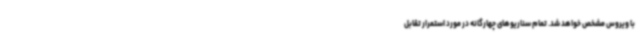
با ویروس مشخص خواهد شد. تمام سناریوهای چهارگانه در مورد استمرار تقابل